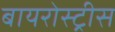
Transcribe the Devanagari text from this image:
बायरोस्ट्रीस